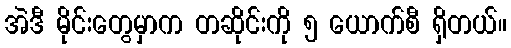
အဲဒီ မိုင်းတွေမှာက တဆိုင်းကို ၅ ယောက်စီ ရှိတယ်။